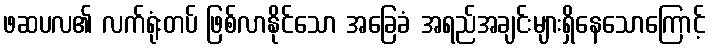
ဖဆပလ၏ လက်ရုံးတပ် ဖြစ်လာနိုင်သော အခြေခံ အရည်အချင်းများရှိနေသောကြောင့်